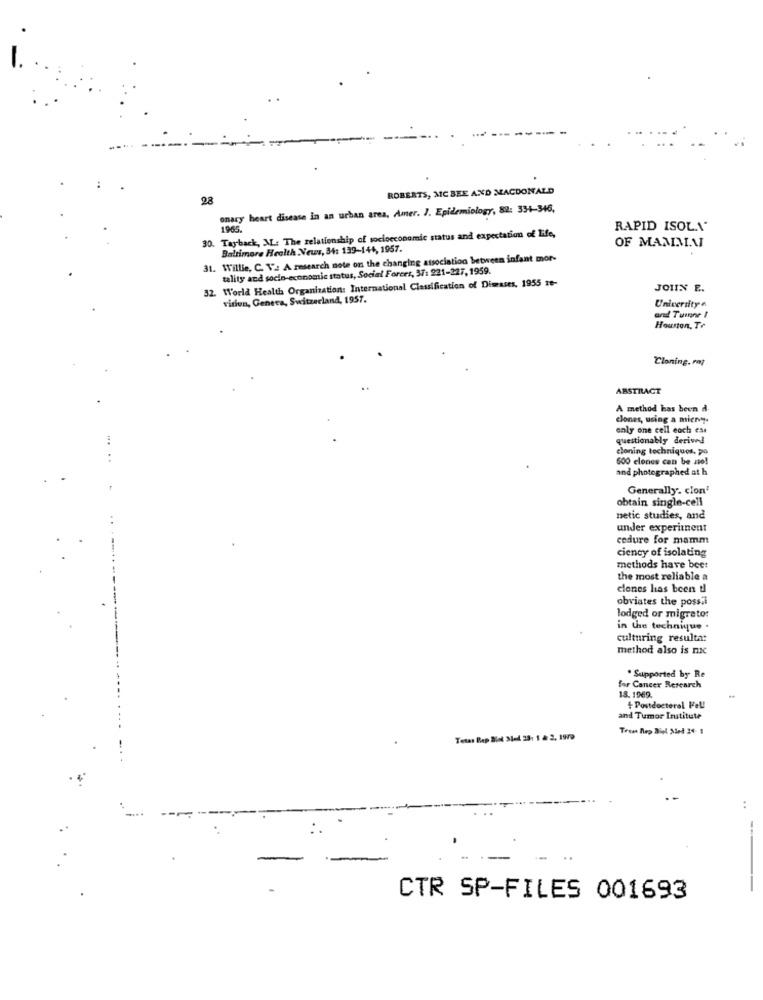
ROBERTS, MC BEE AND MACDONALD
28
onary heart disease in an urban area, Amer. J. Epidemiology, 82: 334-346,
1965.
RAPID ISOL.1'
30. Tayback, M .: The relationship of socioeconomic status and expectation of Life,
Baltimore Health News, 34: 139-144, 1957.
OF MAMMA
31. Willie, C. V .: A research note on the changing association between infant mor-
tality and socio-economic status, Social Forers, 371 221-227, 1959.
32. World Health Organization: International Classification of Diseases, 1955 10-
JOIN E.
vision, Genera, Switzerland, 1957.
University
ord Turne I
Houston,Te
Cloning. mi
ABSTRACT
A method has been d-
clones, using a microy.
only one cell each ess
questionably derived
cloning techniques, pa
600 clones can be zo!
and photographed at h
Generally. cion"
obtain single-cell
netic studies, and
under experiment
cedure for mamm
ciency of isolating
methods have bee:
the most reliable a
clones has been tl
obviates the poss.i
lodged or migrato:
in the technique .
culturing resulta:
method also is nic
. Supported by Re
for Cancer Research
18.1969.
+ Postdoctoral Fell
and Tumor Institute
Texas Rap Blod Nel 281 1 & 2, 1979
..
CTR SP-FILES 001693